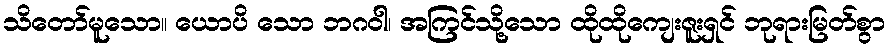
သိတော်မူသော။ ယောပိ သော ဘဂဝါ၊ အကြင်သို့သော ထိုထိုကျေးဇူးရှင် ဘုရားမြတ်စွာ